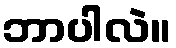
ဘာပါလဲ။